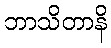
ဘာသိတာနိ